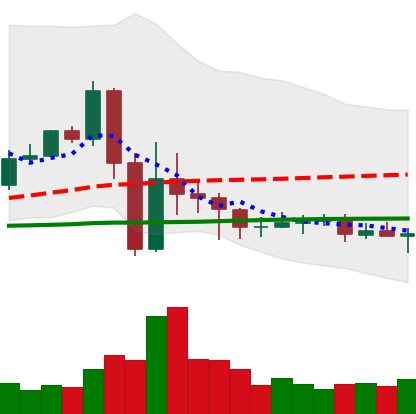
Ticker: EOS-USD
Chart end date: 2020-09-16
Forward return: -7.535%
Label: down_7plus